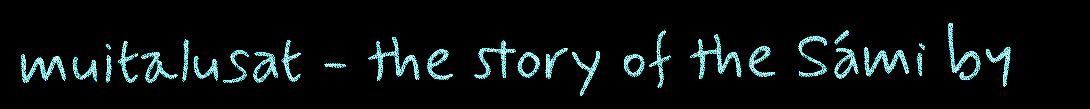
muitalusat - the story of the Sámi by